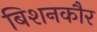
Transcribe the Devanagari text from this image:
बिशनकौर